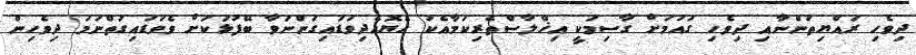
ދިވެހި ރައްޔިތުންނާއި ދިވެހި ގައުމަށް ގާސިމަކީ އިޚްލާސްތެރިކަމާއެކު ހެޔޮއެދިވަޑައިގަންނަވާ ބޭފުޅަކަށް ވެވަޑައިގަތްނަމަ ދިވެހިން